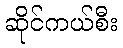
ဆိုင်ကယ်စီး